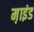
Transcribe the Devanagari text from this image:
म़ाइंड